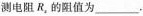
测电阻R_{2}的阻值为____.